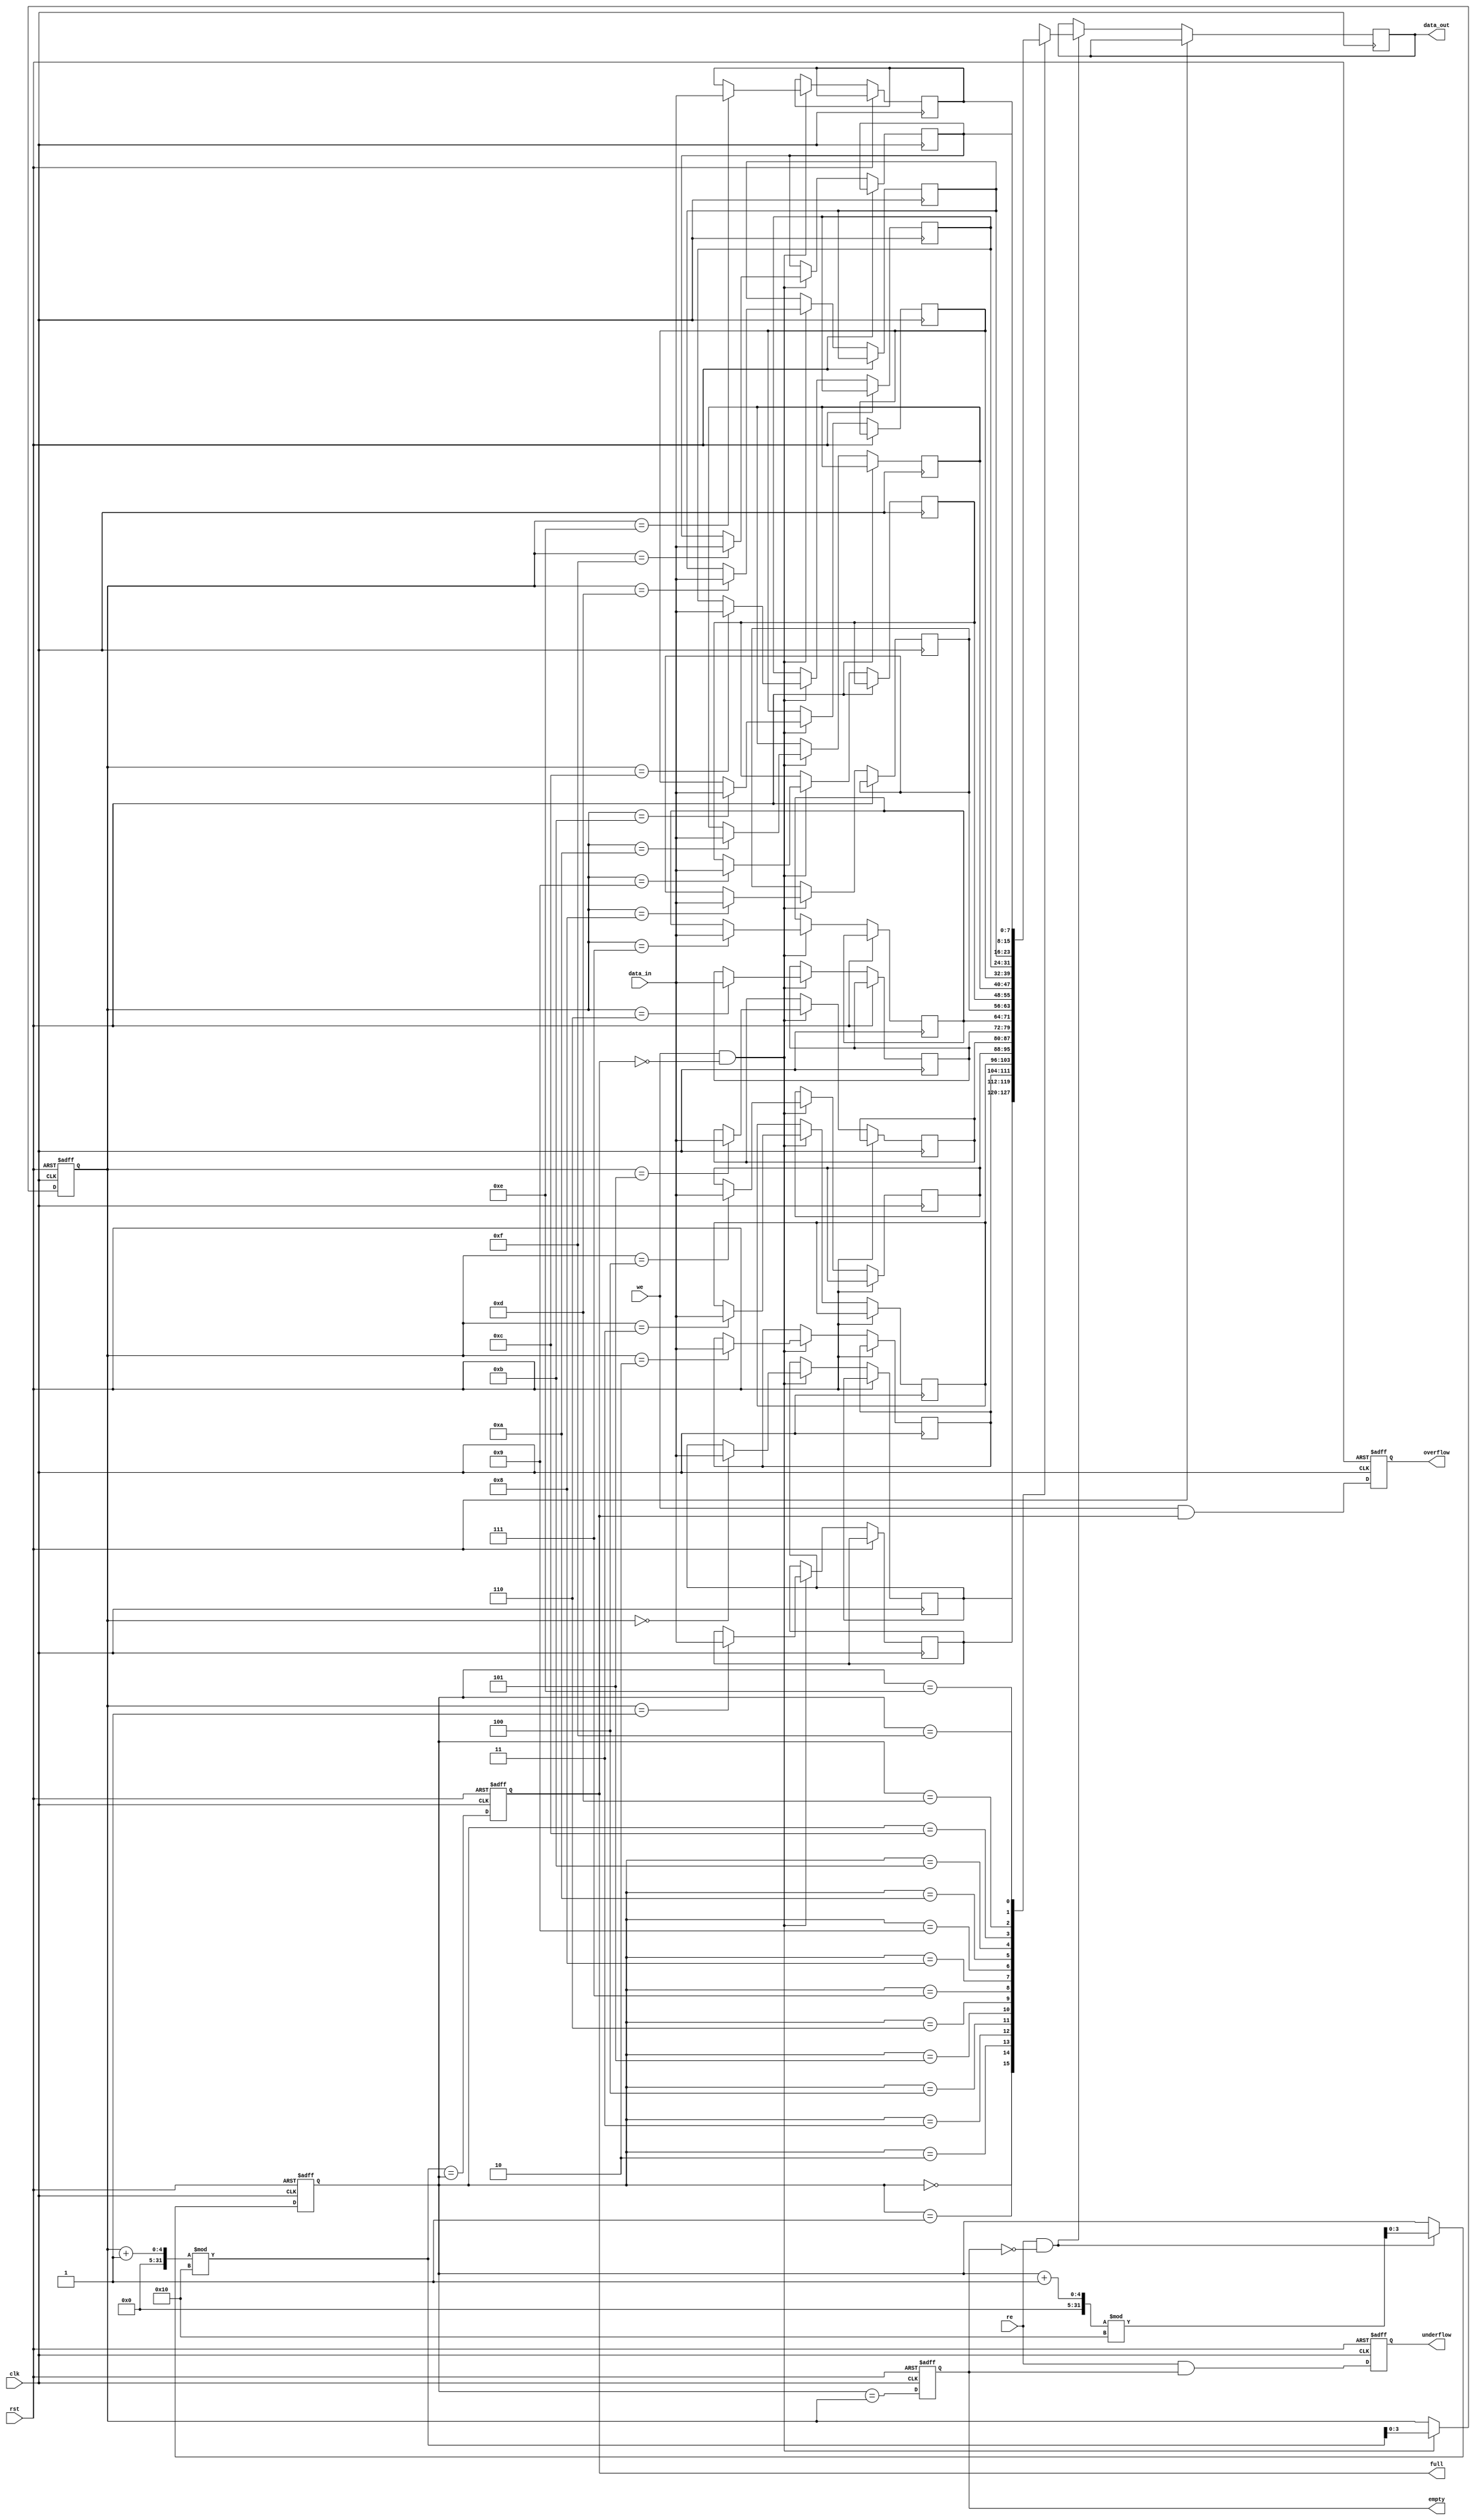
module fifo_sram #(
    parameter DATA_WIDTH = 8,  // Width of each data entry
    parameter DEPTH = 16        // Number of entries in the FIFO
)(
    input wire clk,             // Clock signal
    input wire rst,             // Reset signal
    input wire we,              // Write enable
    input wire re,              // Read enable
    input wire [DATA_WIDTH-1:0] data_in, // Data input
    output reg [DATA_WIDTH-1:0] data_out, // Data output
    output reg full,            // FIFO full indicator
    output reg empty,           // FIFO empty indicator
    output reg overflow,        // Overflow indicator
    output reg underflow        // Underflow indicator
);

    // Memory array declaration
    reg [DATA_WIDTH-1:0] fifo_mem [0:DEPTH-1];
    
    // Pointer declarations
    reg [clog2(DEPTH)-1:0] head; // Read pointer
    reg [clog2(DEPTH)-1:0] tail; // Write pointer

    // Function to calculate log base 2
    function integer clog2(input integer value);
        begin
            value = value - 1;
            for (clog2 = 0; value > 0; clog2 = clog2 + 1)
                value = value >> 1;
        end
    endfunction

    // Reset and pointer initialization
    always @(posedge clk or posedge rst) begin
        if (rst) begin
            head <= 0;
            tail <= 0;
            full <= 0;
            empty <= 1;
            overflow <= 0;
            underflow <= 0;
        end else begin
            // Write operation
            if (we && !full) begin
                fifo_mem[tail] <= data_in; // Write data
                tail <= (tail + 1) % DEPTH; // Increment tail
            end

            // Read operation
            if (re && !empty) begin
                data_out <= fifo_mem[head]; // Read data
                head <= (head + 1) % DEPTH; // Increment head
            end

            // Update full and empty flags
            full <= (tail + 1) % DEPTH == head; // Check for full condition
            empty <= head == tail; // Check for empty condition

            // Handle overflow and underflow conditions
            overflow <= we && full; // Set overflow if write when full
            underflow <= re && empty; // Set underflow if read when empty
        end
    end

endmodule